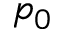
p _ { 0 }